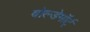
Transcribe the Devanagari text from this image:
वोल्डेमॉर्ट्